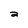
Character: 2